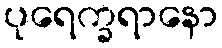
ပုရေက္ခရာနော